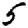
Digit: 5